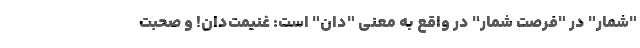
"شمار" در "فرصت شمار" در واقع به معنی "دان" است: غنیمت‌دان! و صحبت